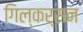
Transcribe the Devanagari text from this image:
गिल्कर्सन